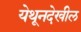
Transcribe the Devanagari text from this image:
येथूनदेखील